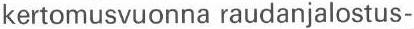
kertomusvuonna raudanjalostus-